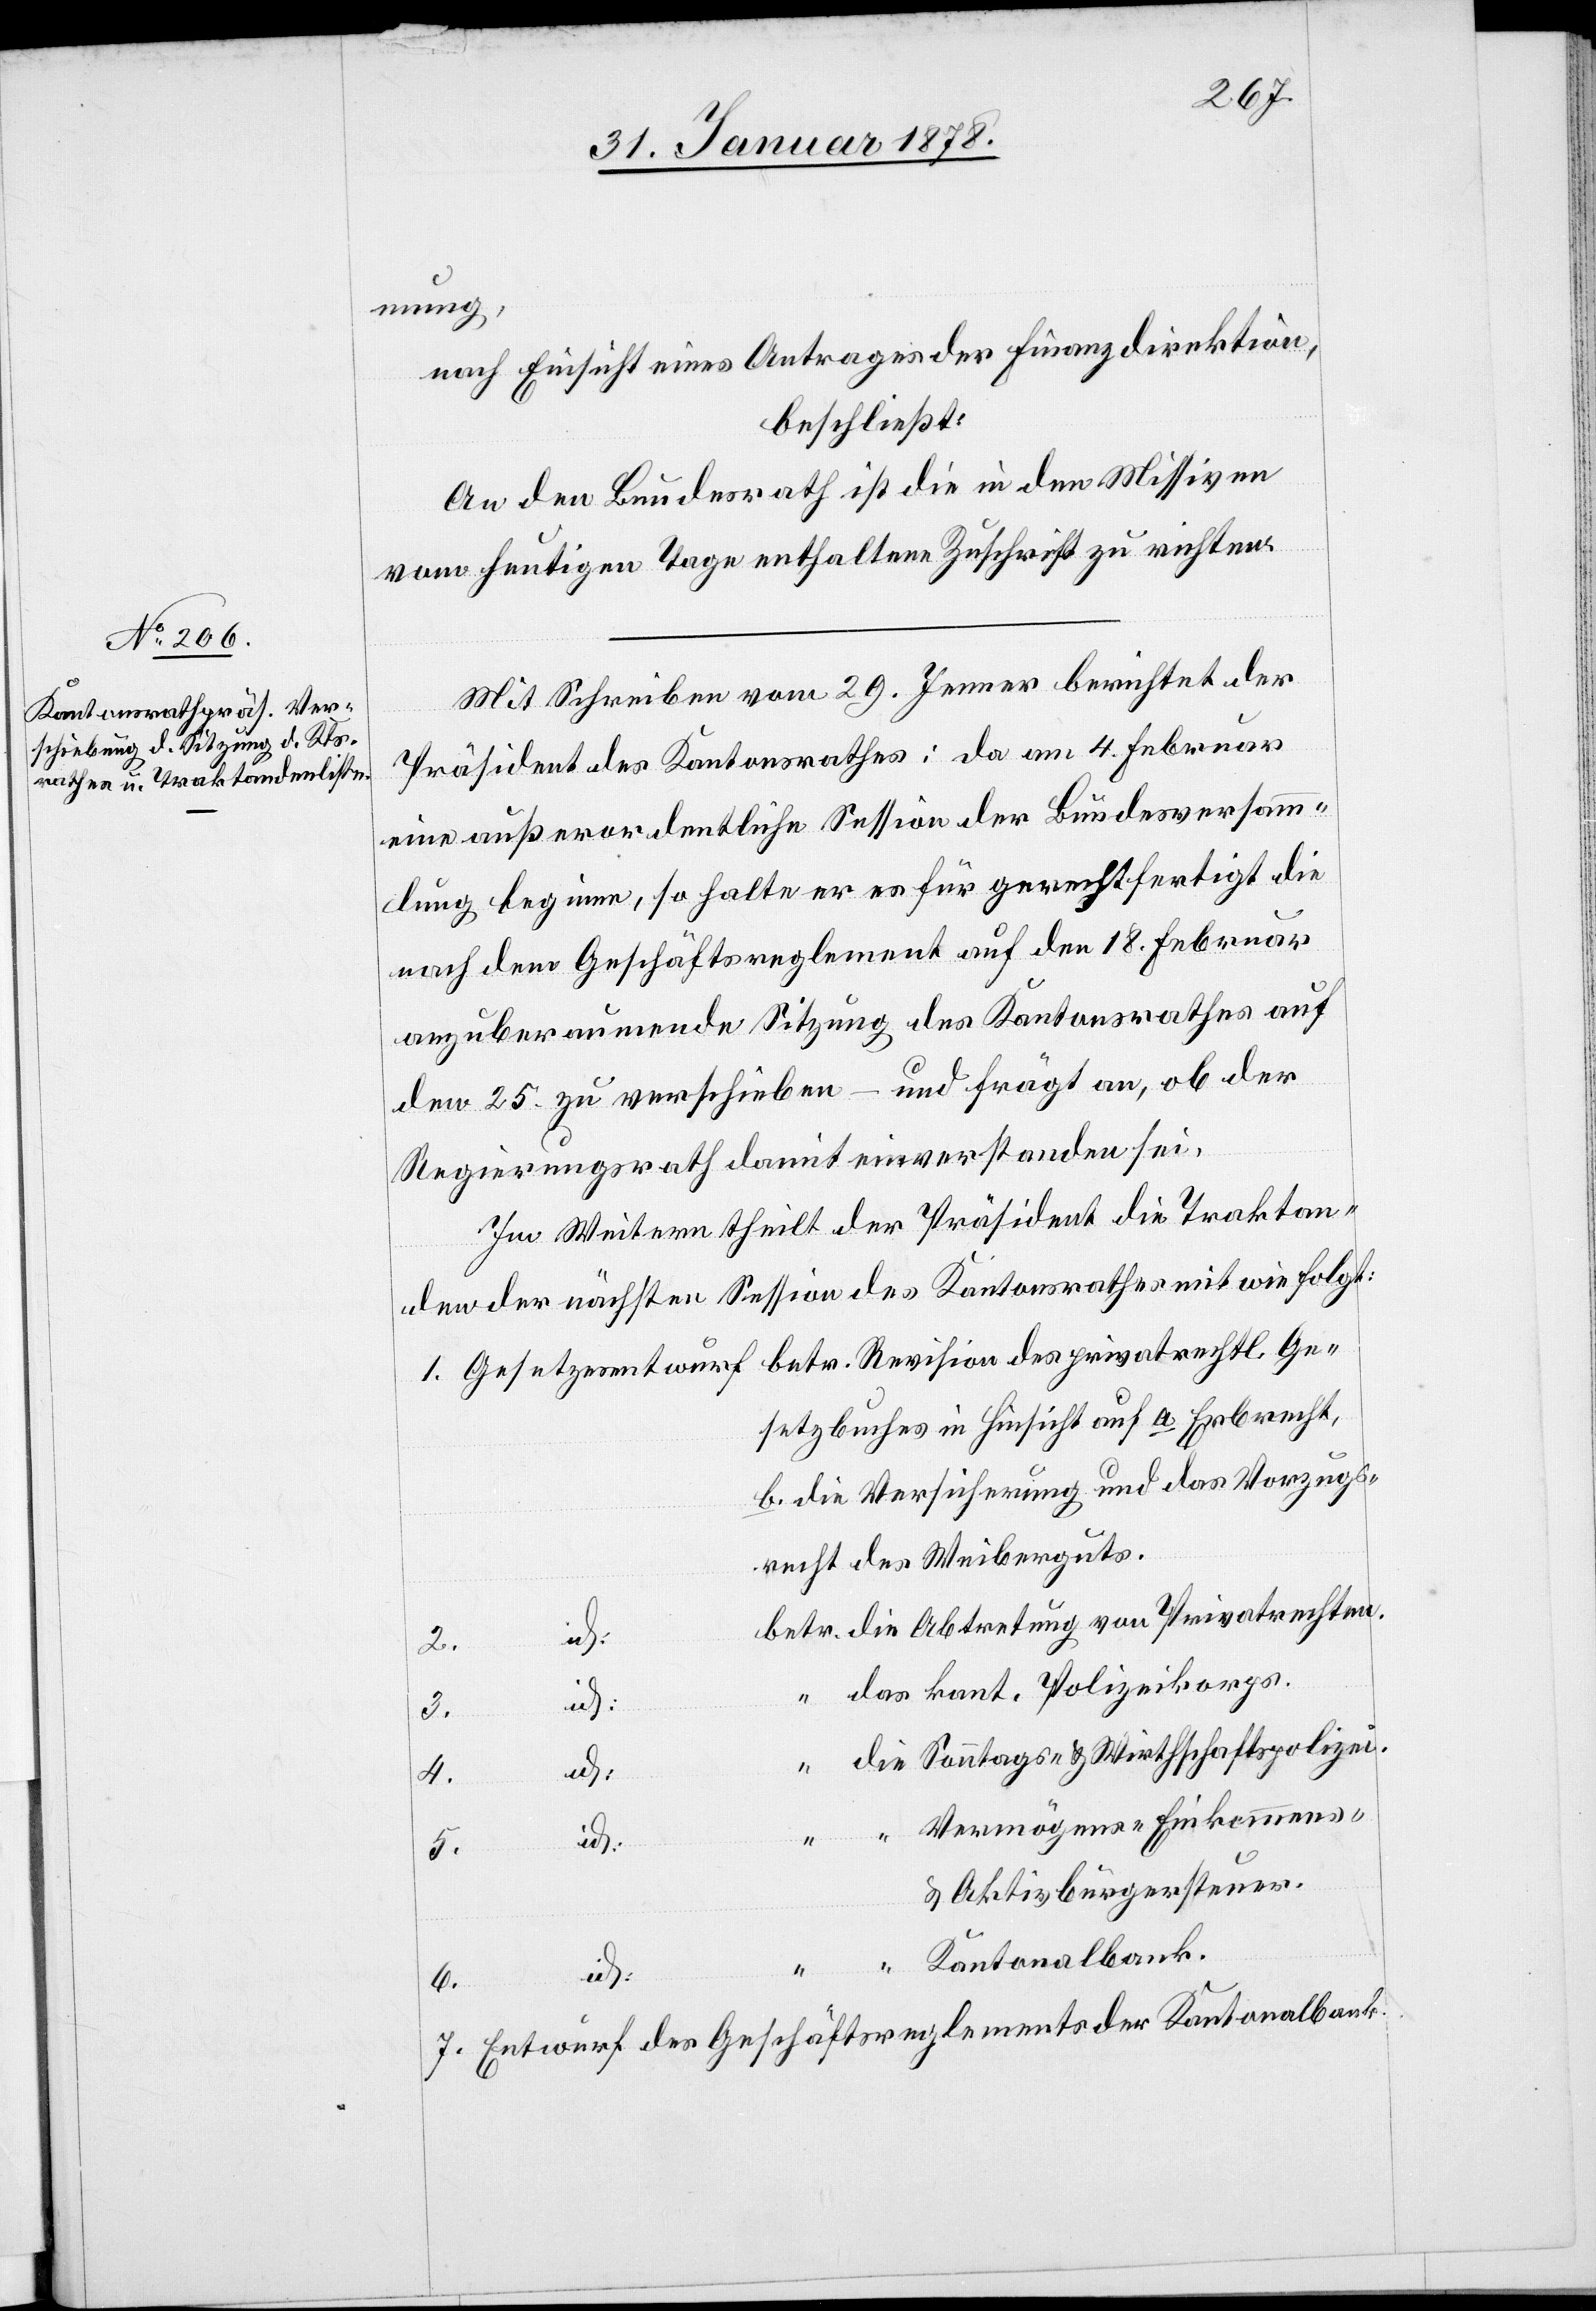
mung,
nach Einsicht eines Antrages der Finanzdirektion,
beschließt:
An den Bundesrath ist die in den Missiven
vom heutigen Tage enthaltene Zuschrift zu richten.
Mit Schreiben vom 29. Jenner berichtet der
Präsident des Kantonsrathes: da am 4. Februar
eine außerordentliche Session der Bundesversamm¬
lung beginne, so halte er es für gerechtfertigt die
nach dem Geschäftsreglement auf den 18. Februar
anzuberaumende Sitzung des Kantonsrathes auf
den 25. zu verschieben – und frägt an, ob der
Regierungsrath damit einverstanden sei.
Im Weitern theilt der Präsident die Traktan¬
den der nächsten Session des Kantonsrathes mit wie folgt:
setzbuches in Hinsicht auf a. Erbrecht,
b. die Versicherung und das Vorzugs¬
recht des Weibergutes.
betr. die Abtretung von Privatrechten.
id:
2.
das kant. Polizeikorps.
albank.
“ die Sonntags- & Wirthschaftspolizei.
id:
“ “ Vermögens-, Einkommens-
& Aktivbürgersteuer.
“ “ Kantonalbank.
7.
6.